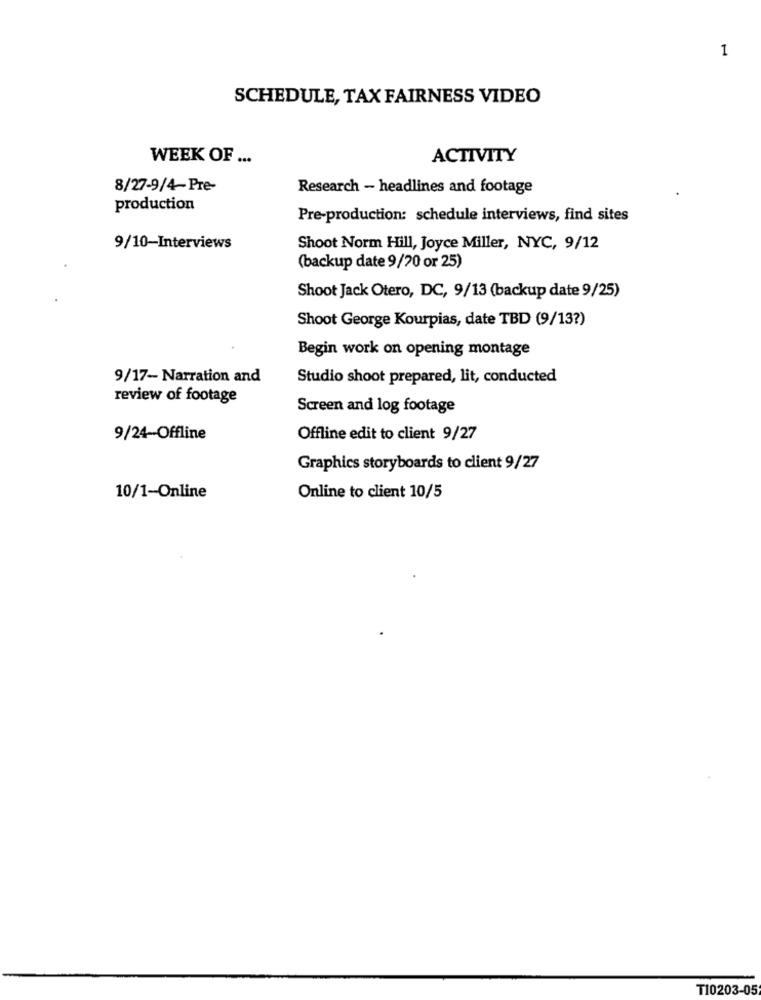
1
SCHEDULE, TAX FAIRNESS VIDEO
WEEK OF ...
ACTIVITY
8/27-9/4-Pre-
Research - headlines and footage
production
Pre-production: schedule interviews, find sites
9/10-Interviews
Shoot Norm Hill, Joyce Miller, NYC, 9/12
(backup date 9/20 or 25)
Shoot Jack Otero, DC, 9/13 (backup date 9/25)
Shoot George Kourpias, date TBD (9/13?)
Begin work on opening montage
9/17- Narration and
Studio shoot prepared, lit, conducted
review of footage
Screen and log footage
9/24-Offline
Offline edit to client 9/27
Graphics storyboards to client 9/27
10/1-Online
Online to client 10/5
T10203-05